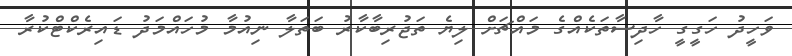
ވަހީދު ހަގީގީ ހާދިސާތަކެއްގެ މައްޗަށް ލިޔެ ތަޖުރިބާކާރު ބަތަލާ ނިއުމާ މުހައްމަދު ޑައިރެކްޓްކުރާ